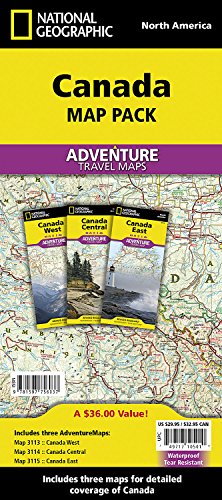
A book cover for Canada [Map Pack Bundle] (National Geographic Adventure Map); National Geographic Maps - Adventure; Travel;